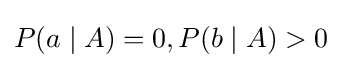
P(a\mid A)=0,P(b\mid A)>0